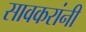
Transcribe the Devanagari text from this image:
सावकरांनी